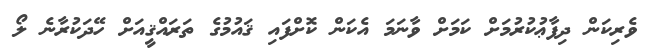
ވެރިކަން ދިފާޢުކުރުމަށް ކަމަށް ވާނަމަ އެކަން ކޮށްފައި ޤައުމުގެ ތަރައްޤީއަށް ހޭދަކުރާނެ ލޯ